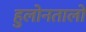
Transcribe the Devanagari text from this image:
हुलोनतालो